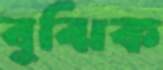
বুঝিক